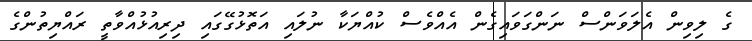
ގެ ލިވިން އެލަވަންސް ނަންގަވައިގެން އެއްވެސް ކުއްޔަކާ ނުލައި އަތޮޅުގޭގައި ދިރިއުޅުއްވާތީ ރައްޔިތުންގެ